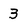
Character: 3